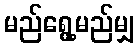
မည်ရွေ့မည်မျှ